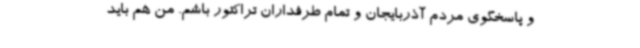
و پاسخگوی مردم آذربایجان و تمام طرفداران تراکتور باشم. من هم باید